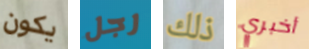
يكون رجل ذلك أخبري